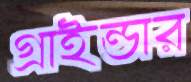
গ্রাইন্ডার